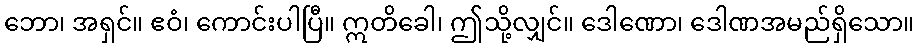
ဘော၊ အရှင်။ ဧဝံ၊ ကောင်းပါပြီ။ ဣတိခေါ၊ ဤသို့လျှင်။ ဒေါဏော၊ ဒေါဏအမည်ရှိသော။